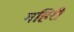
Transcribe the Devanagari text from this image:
गहिरी